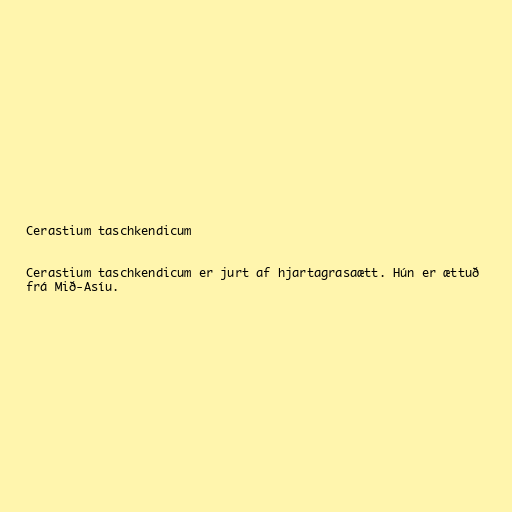
Cerastium taschkendicum

Cerastium taschkendicum er jurt af hjartagrasaætt. Hún er ættuð
frá Mið-Asíu.